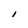
Character: I